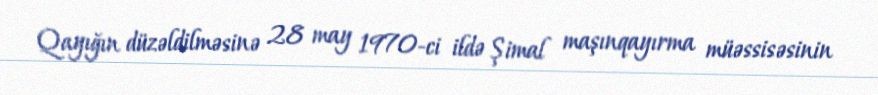
Qayığın düzəldilməsinə 28 may 1970-ci ildə Şimal maşınqayırma müəssisəsinin